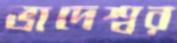
ভাদেশ্বর